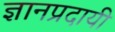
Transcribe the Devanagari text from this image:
ज्ञानप्रदायी